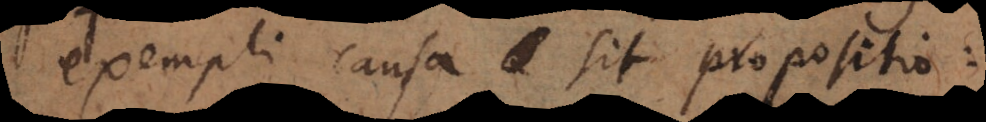
Exempli causa sit propositio: